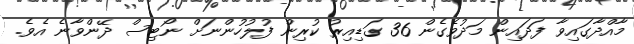
މާއްދާގައިވާ ފަދައިން މަދުވެގެން 36 ގަޑިއިރު ކުރިން ފުލުހުންނަށް ނޯޓިސް ދޭންވާނެ އެވެ.